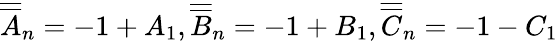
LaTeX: \overline{{{\overline{{A}}}}}_{n}=-1+A_{1},\overline{{{\overline{{B}}}}}_{n}=-1+B_{1},\overline{{{\overline{{C}}}}}_{n}=-1-C_{1}